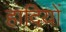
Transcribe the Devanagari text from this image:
हादियों